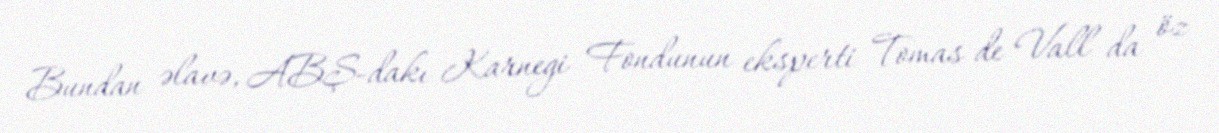
Bundan əlavə, ABŞ-dakı Karnegi Fondunun eksperti Tomas de Vall da öz